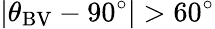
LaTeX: |\theta_{\mathrm{BV}}-90^{\circ}|>60^{\circ}